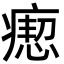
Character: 瘛